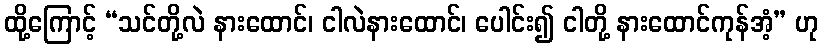
ထို့ကြောင့် “သင်တို့လဲ နားထောင်၊ ငါလဲနားထောင်၊ ပေါင်း၍ ငါတို့ နားထောင်ကုန်အံ့” ဟု